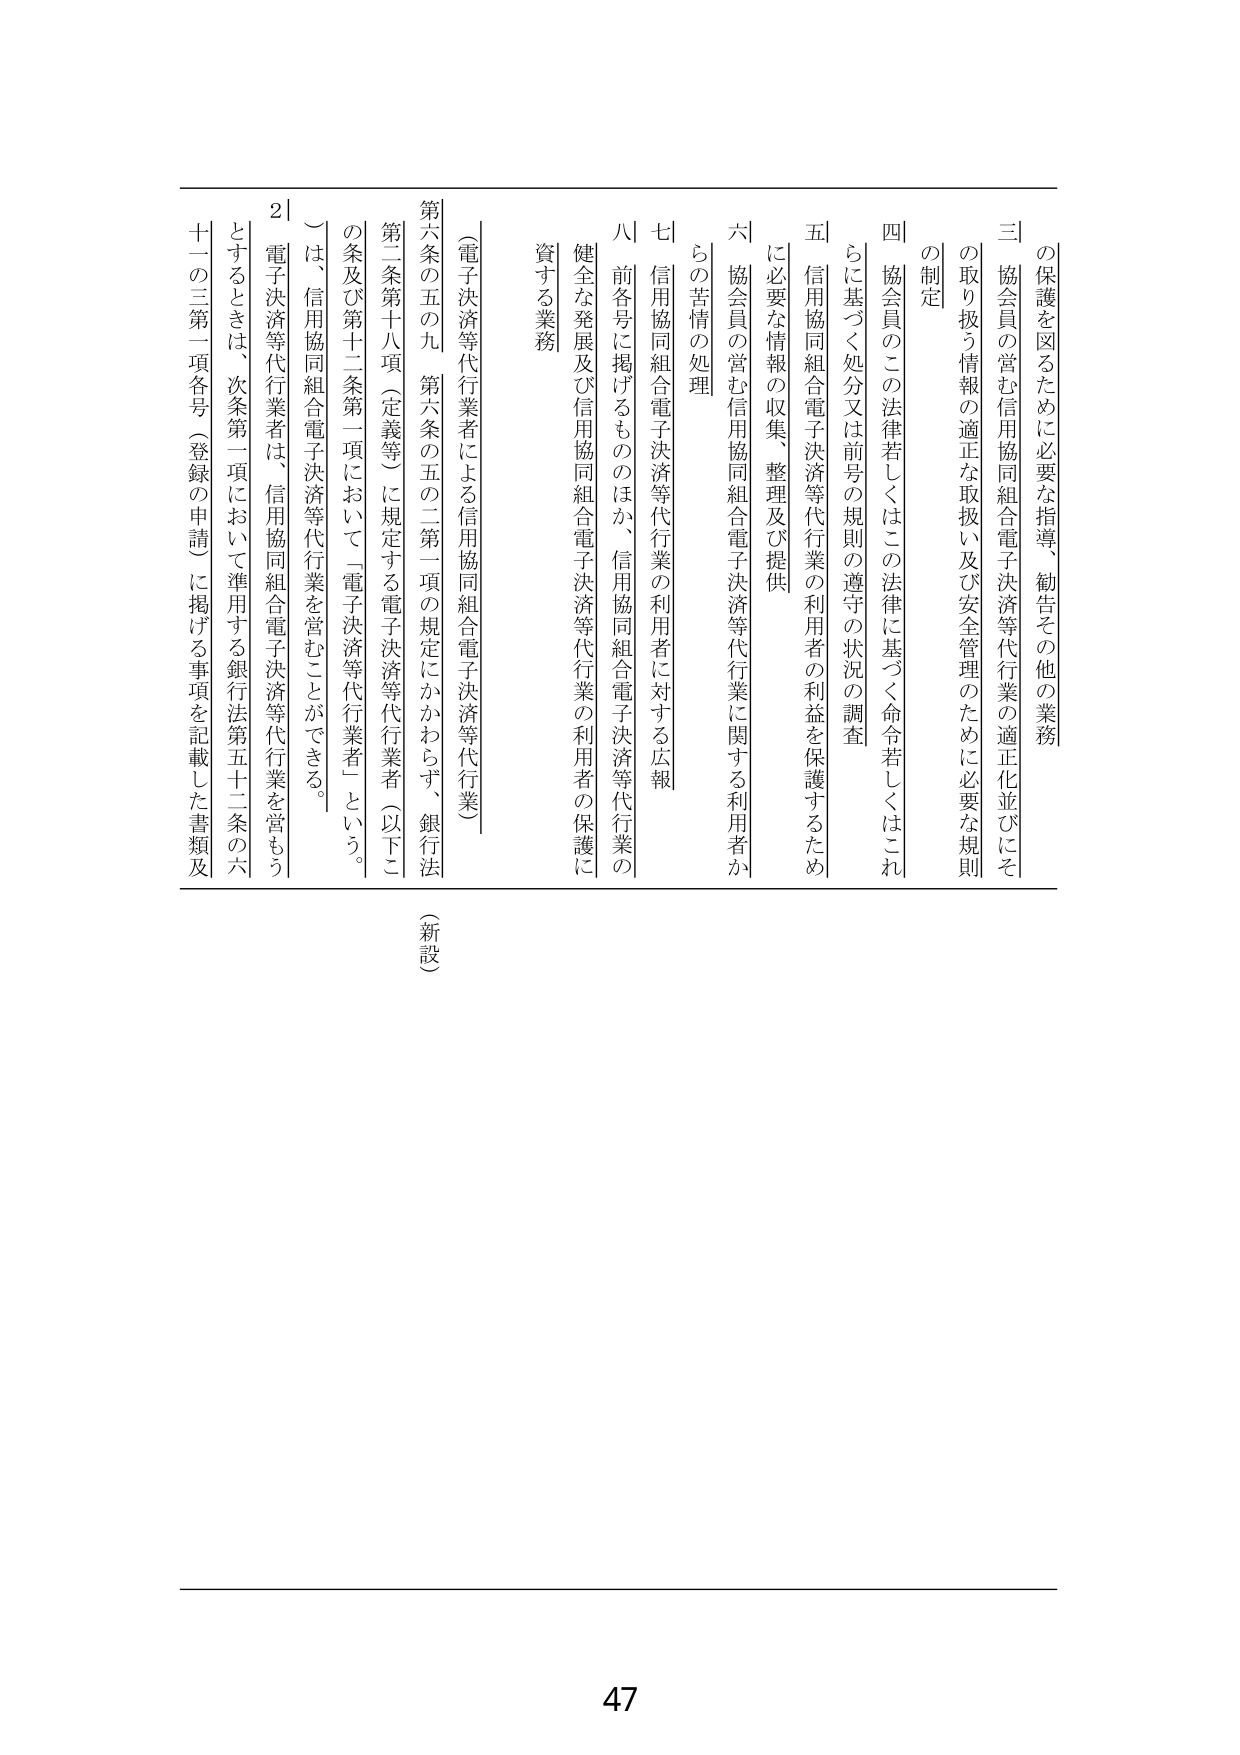
三　協会員の営む信用協同組合電子決済等代行業の適正化並びにその保護を図るために必要な指導、勧告その他の業務

四　協会員のこの法律若しくはこの法律に基づく命令若しくはこれに基づく処分又は前号の規則の遵守の状況の調査

五　信用協同組合電子決済等代行業の利用者の利益を保護するために必要な情報の収集、整理及び提供

六　協会員の営む信用協同組合電子決済等代行業に関する利用者からの苦情の処理

七　信用協同組合電子決済等代行業の利用者に対する広報

八　前各号に掲げるもののほか、信用協同組合電子決済等代行業の健全な発展及び信用協同組合電子決済等代行業の利用者の保護に資する業務

（電子決済等代行業者による信用協同組合電子決済等代行業）

第六条の五の九　第六条の五の二第一項の規定にかかわらず、銀行法第二条第十八項（定義等）に規定する電子決済等代行業者（以下この条及び第十二条第一項において「電子決済等代行業者」という。）は、信用協同組合電子決済等代行業を営むことができる。

電子決済等代行業者は、信用協同組合電子決済等代行業を営もうとするときは、次条第一項において準用する銀行法第五十二条の六十一の三第一項各号（登録の申請）に掲げる事項を記載した書類及

（新設）

2｜

47